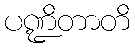
ပဏ္ဍိတာတိ